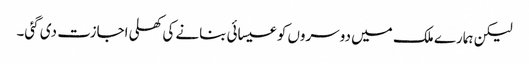
لیکن ہمارے ملک میں دوسروں کو عیسائی بنانے کی کھلی اجازت دی گئی۔